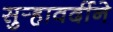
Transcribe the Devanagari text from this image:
सुर्‍हावर्दीने